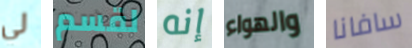
لي لقسم إنه والهواء سافانا